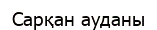
Сарқан ауданы